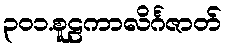
၃၀၁.စူဠကာလိင်္ဂဇာတ်